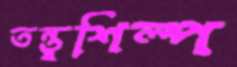
তন্তুশিল্প